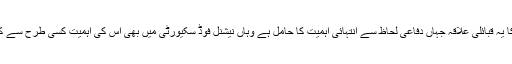
پنجاب کا یہ قبائلی علاقہ جہاں دفاعی لحاظ سے انتہائی اہمیت کا حامل ہے وہاں نیشنل فوڈ سکیورٹی میں بھی اس کی اہمیت کسی طرح سے کم نہیں ۔